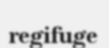
regifuge